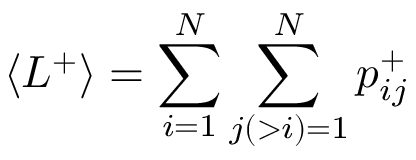
\langle L ^ { + } \rangle = \sum _ { i = 1 } ^ { N } \sum _ { j ( > i ) = 1 } ^ { N } p _ { i j } ^ { + }